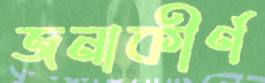
জনাকীর্ণ